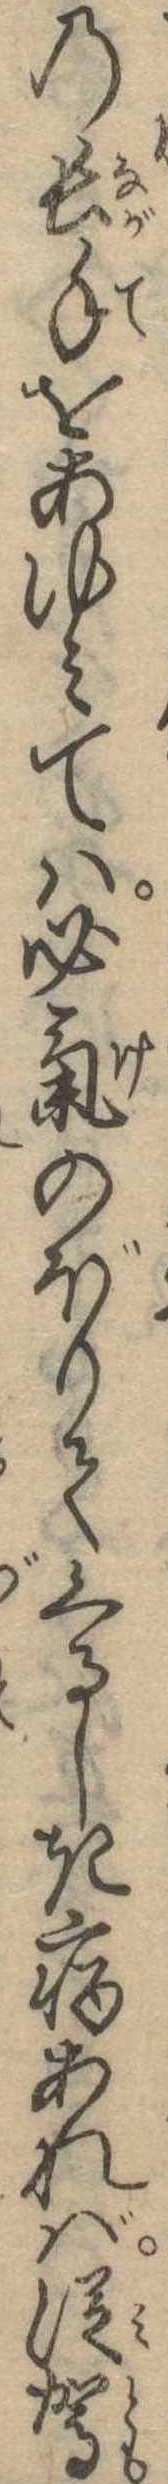
の長手をあゆみては必気のぼりてくるしき病あれば従駕